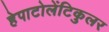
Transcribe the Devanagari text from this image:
हेपाटोलेंटिकुलर